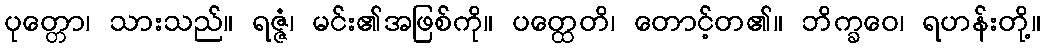
ပုတ္တော၊ သားသည်။ ရဇ္ဇံ၊ မင်း၏အဖြစ်ကို။ ပတ္ထေတိ၊ တောင့်တ၏။ ဘိက္ခဝေ၊ ရဟန်းတို့။